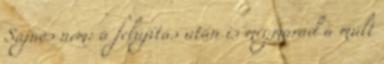
Sajnos nem: a felújítás után is megmarad a múlt